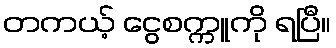
တကယ့် ငွေစက္ကူကို ရပြီ။